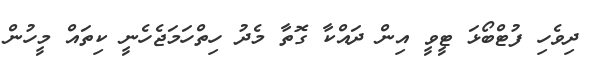
ދިވެހި ފުޓްބޯޅަ ޓީވީ އިން ދައްކާ ގޮތާ މެދު ހިތްހަމަޖެހެނީ ކިތައް މީހުން